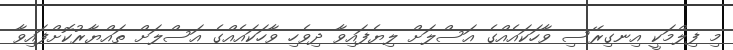
މި ފިލްމަކީ އިނގިރޭސި ވާހަކައެއްގެ އަސްލަށް ލިޔެފައިވާ ދިވެހި ވާހަކައެއްގެ އަސްލަށް ތައްޔާރުކޮށްފައިވާ